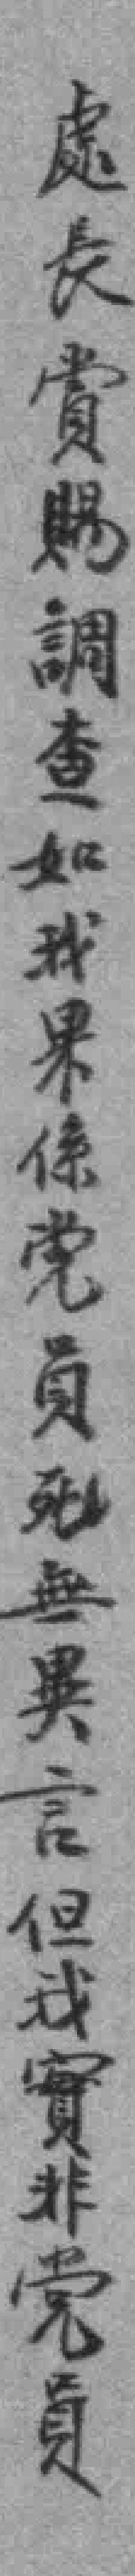
處長賞賜調查如我果係党員死無異言但我實非党員